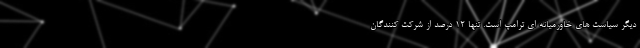
دیگر سیاست های خاورمیانه ای ترامپ است. تنها 12 درصد از شرکت کنندگان